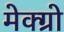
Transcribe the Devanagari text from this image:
मेक्ग्रो